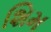
શિમ